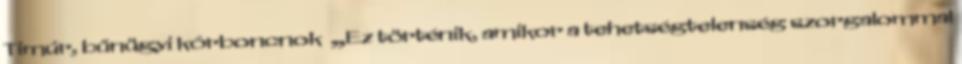
Timúr, bűnügyi kórboncnok „Ez történik, amikor a tehetségtelenség szorgalommal